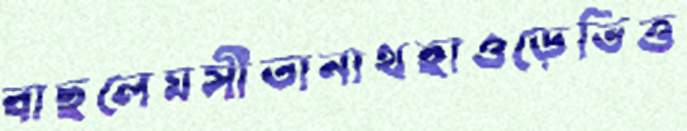
বাছলেমসীতানাথহাওড়েভিত্ত